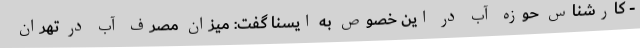
- کارشناس حوزه آب در این خصوص به ایسنا گفت: میزان مصرف آب در تهران